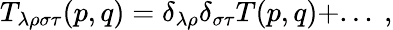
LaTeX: T_{\lambda\rho\sigma\tau}(p,q)=\delta_{\lambda\rho}\delta_{\sigma\tau}T(p,q)+...~,